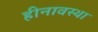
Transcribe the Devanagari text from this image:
हीनावस्था